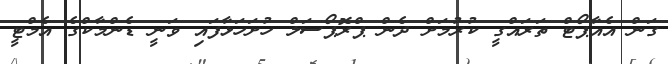
ގަން އެއާޕޯޓް ތަރައްގީ ކުރުމަށް ދެން ޕްރޮޕޯސަލް ހުށަހަޅާފައި ވަނީ ޑެންމާކްގެ އެމްޓީ